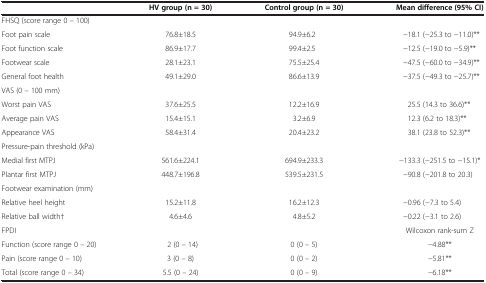
<table><thead><tr><td><b> </b></td><td><b>HV group (n = 30)</b></td><td><b>Control group (n = 30)</b></td><td><b>Mean difference (95% CI)</b></td></tr></thead><tbody><tr><td colspan="4">FHSQ (score range 0 – 100)</td></tr><tr><td>Foot pain scale</td><td>76.8±18.5</td><td>94.9±6.2</td><td>−18.1 (−25.3 to −11.0)**</td></tr><tr><td>Foot function scale</td><td>86.9±17.7</td><td>99.4±2.5</td><td>−12.5 (−19.0 to −5.9)**</td></tr><tr><td>Footwear scale</td><td>28.1±23.1</td><td>75.5±25.4</td><td>−47.5 (−60.0 to −34.9)**</td></tr><tr><td>General foot health</td><td>49.1±29.0</td><td>86.6±13.9</td><td>−37.5 (−49.3 to −25.7)**</td></tr><tr><td colspan="4">VAS (0 – 100 mm)</td></tr><tr><td>Worst pain VAS</td><td>37.6±25.5</td><td>12.2±16.9</td><td>25.5 (14.3 to 36.6)**</td></tr><tr><td>Average pain VAS</td><td>15.4±15.1</td><td>3.2±6.9</td><td>12.3 (6.2 to 18.3)**</td></tr><tr><td>Appearance VAS</td><td>58.4±31.4</td><td>20.4±23.2</td><td>38.1 (23.8 to 52.3)**</td></tr><tr><td colspan="4">Pressure-pain threshold (kPa)</td></tr><tr><td>Medial first MTPJ</td><td>561.6±224.1</td><td>694.9±233.3</td><td>−133.3 (−251.5 to −15.1)*</td></tr><tr><td>Plantar first MTPJ</td><td>448.7±196.8</td><td>539.5±231.5</td><td>−90.8 (−201.8 to 20.3)</td></tr><tr><td colspan="4">Footwear examination (mm)</td></tr><tr><td>Relative heel height</td><td>15.2±11.8</td><td>16.2±12.3</td><td>−0.96 (−7.3 to 5.4)</td></tr><tr><td>Relative ball width†</td><td>4.6±4.6</td><td>4.8±5.2</td><td>−0.22 (−3.1 to 2.6)</td></tr><tr><td>FPDI</td><td> </td><td> </td><td>Wilcoxon rank-sum Z</td></tr><tr><td>Function (score range 0 – 20)</td><td>2 (0 – 14)</td><td>0 (0 – 5)</td><td>−4.88**</td></tr><tr><td>Pain (score range 0 – 10)</td><td>3 (0 – 8)</td><td>0 (0 – 2)</td><td>−5.81**</td></tr><tr><td>Total (score range 0 – 34)</td><td>5.5 (0 – 24)</td><td>0 (0 – 9)</td><td>−6.18**</td></tr></tbody></table>